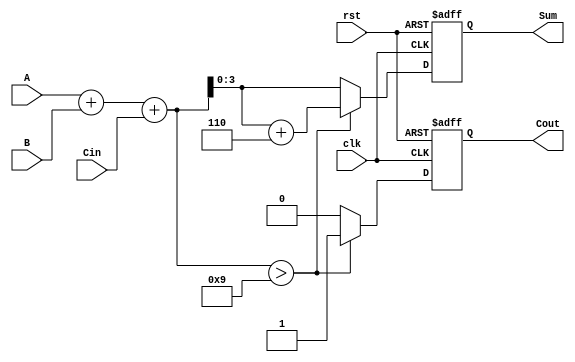
module BCD_Synchronous_Adder (
    input wire [3:0] A,      // First BCD digit
    input wire [3:0] B,      // Second BCD digit
    input wire Cin,          // Carry-in
    input wire clk,          // Clock signal
    input wire rst,          // Reset signal
    output reg [3:0] Sum,    // BCD sum
    output reg Cout          // Carry-out
);

    reg [4:0] intermediate_sum; // 5-bit to hold the sum (A + B + Cin)

    always @(posedge clk or posedge rst) begin
        if (rst) begin
            Sum <= 4'b0000;      // Reset Sum to 0
            Cout <= 1'b0;       // Reset Cout to 0
        end else begin
            // Step 1: Binary addition
            intermediate_sum = A + B + Cin;

            // Step 2: BCD correction
            if (intermediate_sum > 5'b01001) begin // If sum > 9
                Sum <= intermediate_sum + 5'b00110; // Add 6 to correct
                Cout <= 1'b1; // Set carry-out
            end else begin
                Sum <= intermediate_sum[3:0]; // Valid BCD, take lower 4 bits
                Cout <= 1'b0; // No carry-out
            end
        end
    end

endmodule